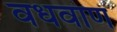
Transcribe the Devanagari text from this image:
वधवाण